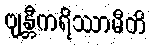
ဗျန္တီကရိဿာမီတိ